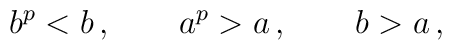
b^p  <  b  \,, \qquad  a^p  > a \,, \qquad b > a \,,